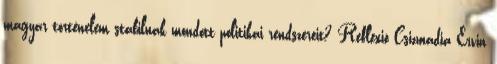
magyar történelem stabilnak mondott politikai rendszereit? Reflexió Csizmadia Ervin